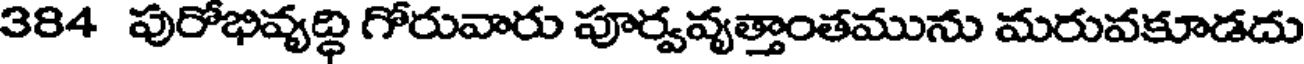
384 పురోభివ్యద్ధి గోరువారు పూర్వవ్యత్తాంతమును మరువకూడదు